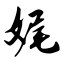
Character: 娓